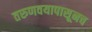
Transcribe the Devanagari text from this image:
तरुणवयापासूनच